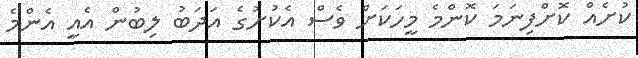
ކުށެއް ކޮށްފިނަމަ ކޮންމެ މީހަކަށް ވެސް އެކުށުގެ އަދަބު ލިބުން އެއީ އެންމެ